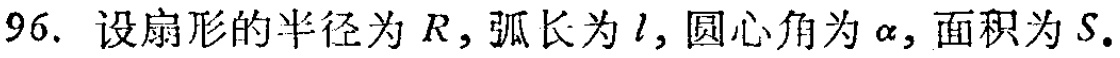
96. 设扇形的半径为\(R\)，弧长为\(l\)，圆心角为\(\alpha\)，面积为\(S\)。